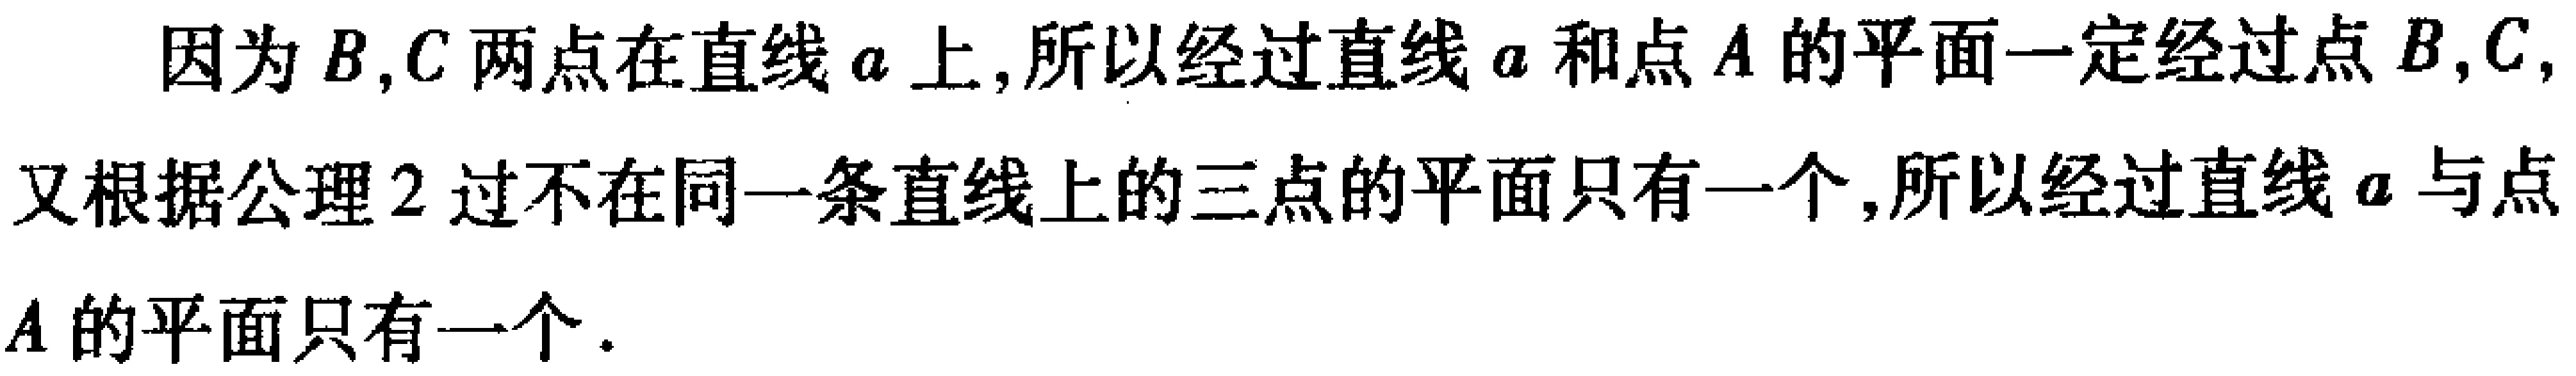
因为 \(B,C\) 两点在直线 \(a\) 上, 所以经过直线 \(a\) 和点 \(A\) 的平面一定经过点 \(B,C,\) 又根据公理 2 过不在同一条直线上的三点的平面只有一个, 所以经过直线 \(a\) 与点 \(A\) 的平面只有一个.